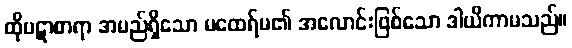
ထိုပဋာစာရာ အမည်ရှိသော မထေရ်မ၏ အလောင်းဖြစ်သော ဒါယိကာမသည်။